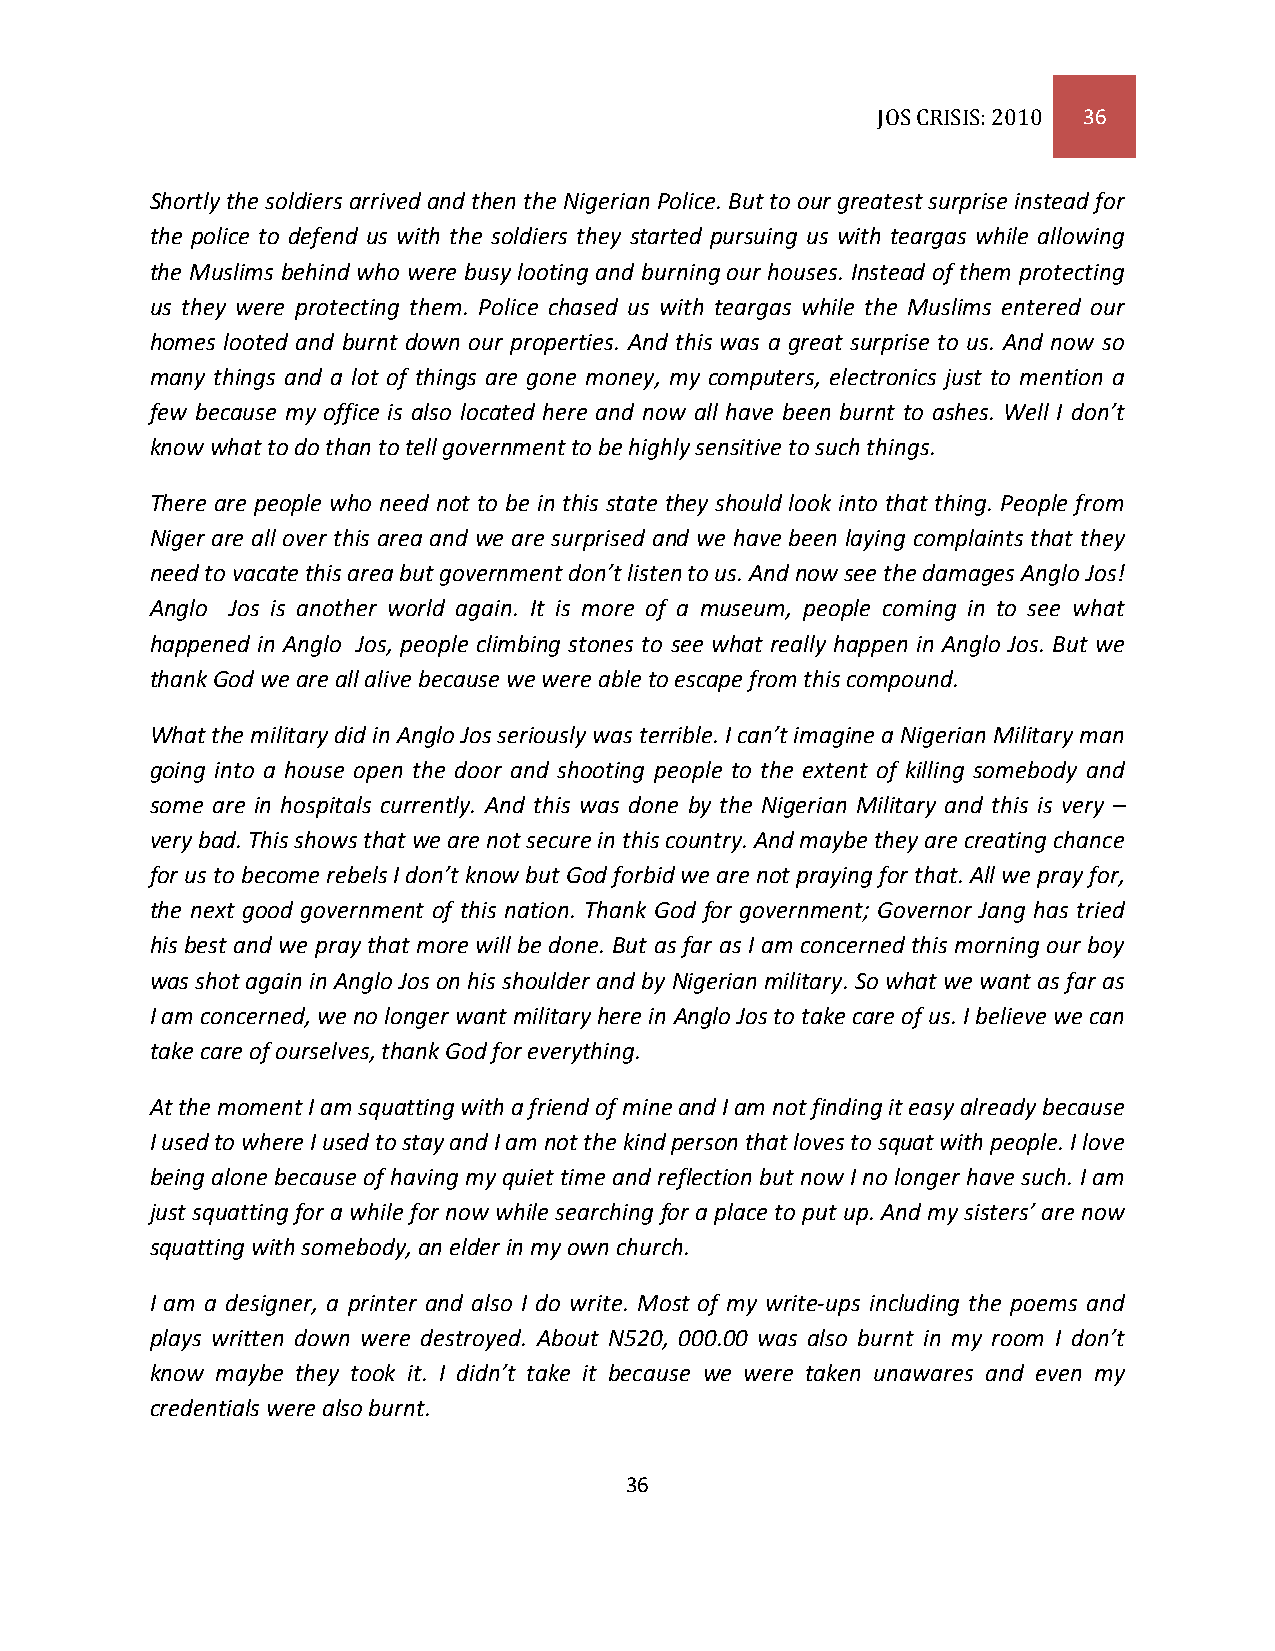
JOS CRISIS: 2010 36
 Shortly the soldiers arrived and then the Nigerian Police. But to our greatest surprise instead for
 the police to defend us with the soldiers they started pursuing us with teargas while allowing
 the Muslims behind who were busy looting and burning our houses. Instead of them protecting
 us they were protecting them. Police chased us with teargas while the Muslims entered our
 homes looted and burnt down our properties. And this was a great surprise to us. And now so
 many things and a lot of things are gone money, my computers, electronics just to mention a
 few because my office is also located here and now all have been burnt to ashes. Well I don’t
 know what to do than to tell government to be highly sensitive to such things.
 There are people who need not to be in this state they should look into that thing. People from
 Niger are all over this area and we are surprised and we have been laying complaints that they
 need to vacate this area but government don’t listen to us. And now see the damages Anglo Jos!
 Anglo Jos is another world again. It is more of a museum, people coming in to see what
 happened in Anglo Jos, people climbing stones to see what really happen in Anglo Jos. But we
 thank God we are all alive because we were able to escape from this compound.
 What the military did in Anglo Jos seriously was terrible. I can’t imagine a Nigerian Military man
 going into a house open the door and shooting people to the extent of killing somebody and
 some are in hospitals currently. And this was done by the Nigerian Military and this is very –
 very bad. This shows that we are not secure in this country. And maybe they are creating chance
 for us to become rebels I don’t know but God forbid we are not praying for that. All we pray for,
 the next good government of this nation. Thank God for government; Governor Jang has tried
 his best and we pray that more will be done. But as far as I am concerned this morning our boy
 was shot again in Anglo Jos on his shoulder and by Nigerian military. So what we want as far as
 I am concerned, we no longer want military here in Anglo Jos to take care of us. I believe we can
 take care of ourselves, thank God for everything.
 At the moment I am squatting with a friend of mine and I am not finding it easy already because
 I used to where I used to stay and I am not the kind person that loves to squat with people. I love
 being alone because of having my quiet time and reflection but now I no longer have such. I am
 just squatting for a while for now while searching for a place to put up. And my sisters’ are now
 squatting with somebody, an elder in my own church.
 I am a designer, a printer and also I do write. Most of my write-ups including the poems and
 plays written down were destroyed. About N520, 000.00 was also burnt in my room I don’t
 know maybe they took it. I didn’t take it because we were taken unawares and even my
 credentials were also burnt.
 36